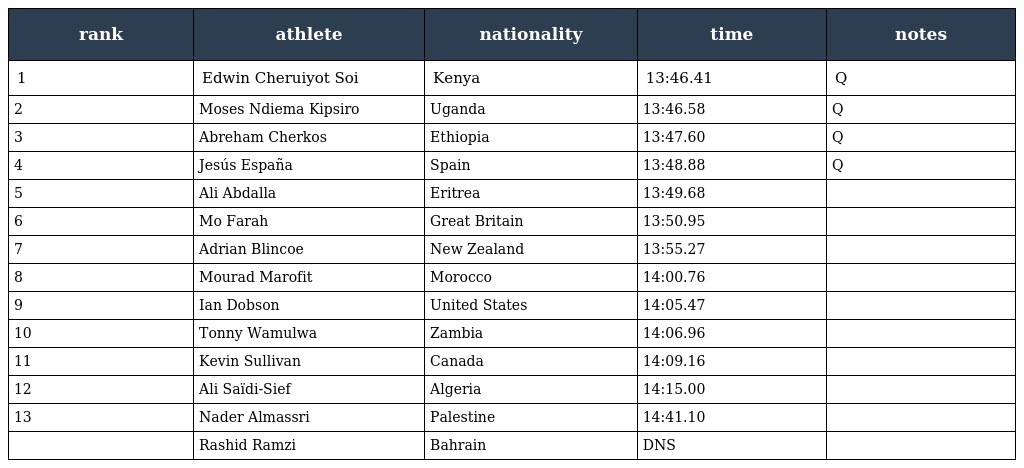
| rank | athlete | nationality | time | notes |
 | --- | --- | --- | --- | --- |
 | 1 | Edwin Cheruiyot Soi | Kenya | 13:46.41 | Q |
 | 2 | Moses Ndiema Kipsiro | Uganda | 13:46.58 | Q |
 | 3 | Abreham Cherkos | Ethiopia | 13:47.60 | Q |
 | 4 | Jesús España | Spain | 13:48.88 | Q |
 | 5 | Ali Abdalla | Eritrea | 13:49.68 |  |
 | 6 | Mo Farah | Great Britain | 13:50.95 |  |
 | 7 | Adrian Blincoe | New Zealand | 13:55.27 |  |
 | 8 | Mourad Marofit | Morocco | 14:00.76 |  |
 | 9 | Ian Dobson | United States | 14:05.47 |  |
 | 10 | Tonny Wamulwa | Zambia | 14:06.96 |  |
 | 11 | Kevin Sullivan | Canada | 14:09.16 |  |
 | 12 | Ali Saïdi-Sief | Algeria | 14:15.00 |  |
 | 13 | Nader Almassri | Palestine | 14:41.10 |  |
 |  | Rashid Ramzi | Bahrain | DNS |  |